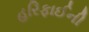
હરિફાઈની